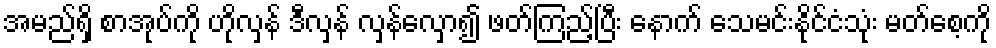
အမည်ရှိ စာအုပ်ကို ဟိုလှန် ဒီလှန် လှန်လှော၍ ဖတ်ကြည့်ပြီး နောက် သေမင်းနိုင်ငံသုံး မတ်စေ့ကို